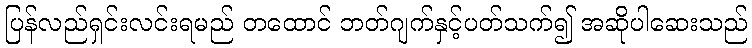
ပြန်လည်ရှင်းလင်းရမည် တထောင် ဘတ်ဂျက်နှင့်ပတ်သက်၍ အဆိုပါဆေးသည်